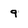
Character: 9